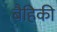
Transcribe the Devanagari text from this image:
बैहिकी